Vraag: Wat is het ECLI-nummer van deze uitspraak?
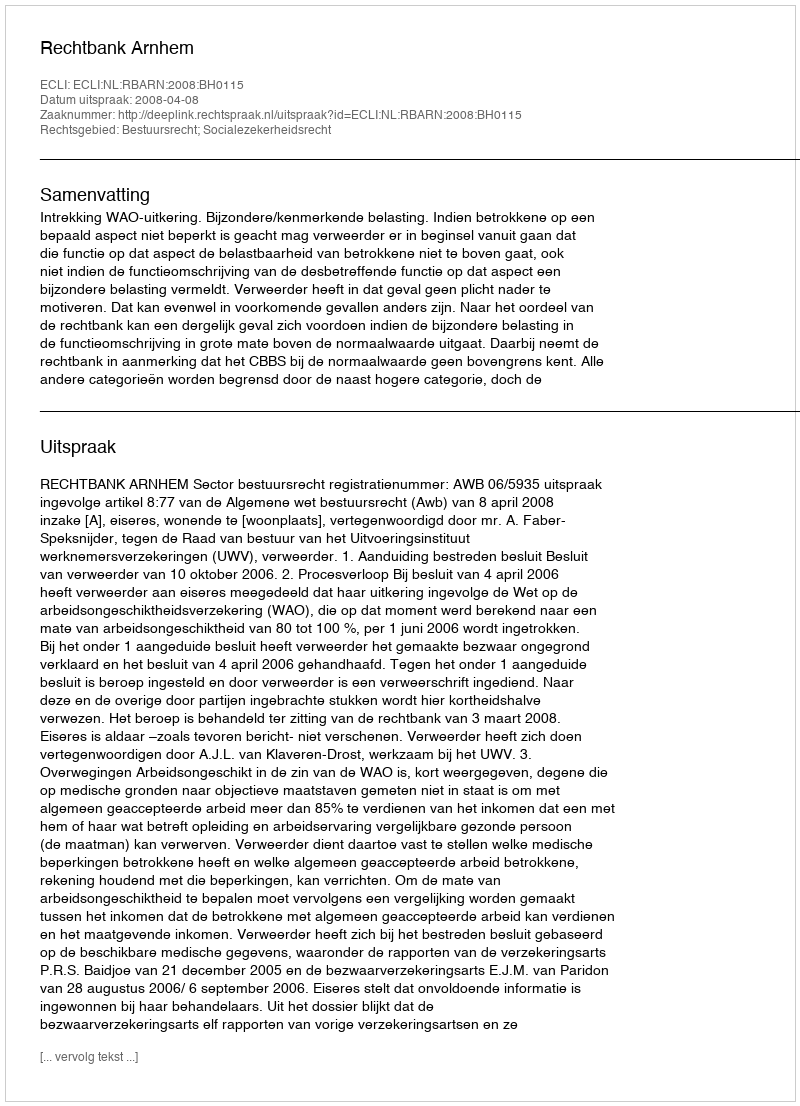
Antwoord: ECLI:NL:RBARN:2008:BH0115